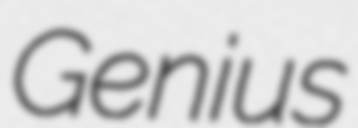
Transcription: Genius